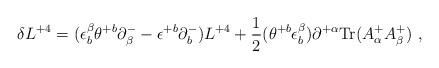
LaTeX: \begin{align*}\delta L^{+4} = (\epsilon^\beta_b\theta^{+b} \partial^-_\beta- \epsilon^{+b}\partial^-_b) L^{+4} +{1\over 2} (\theta^{+b}\epsilon^\beta_b) \partial^{+\alpha}\mbox{Tr} (A^+_\alpha A^+_\beta) \ ,\end{align*}